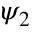
\psi _ { 2 }